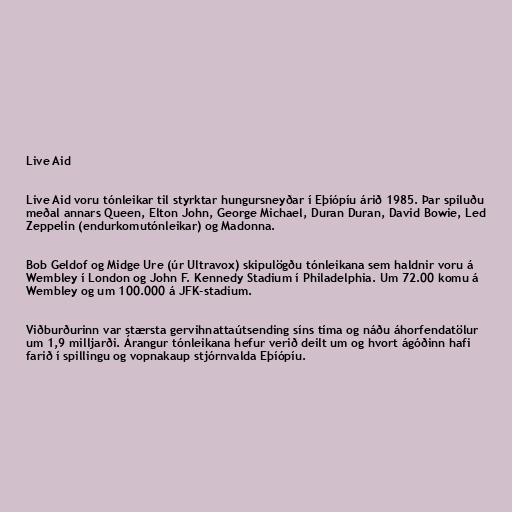
Live Aid

Live Aid voru tónleikar til styrktar hungursneyðar í Eþíópíu árið 1985. Þar spiluðu
meðal annars Queen, Elton John, George Michael, Duran Duran, David Bowie, Led
Zeppelin (endurkomutónleikar) og Madonna.

Bob Geldof og Midge Ure (úr Ultravox) skipulögðu tónleikana sem haldnir voru á
Wembley í London og John F. Kennedy Stadium í Philadelphia. Um 72.00 komu á
Wembley og um 100.000 á JFK-stadium.

Viðburðurinn var stærsta gervihnattaútsending síns tíma og náðu áhorfendatölur
um 1,9 milljarði. Árangur tónleikana hefur verið deilt um og hvort ágóðinn hafi
farið í spillingu og vopnakaup stjórnvalda Eþíópíu.